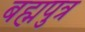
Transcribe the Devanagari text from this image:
बह्मपुत्र